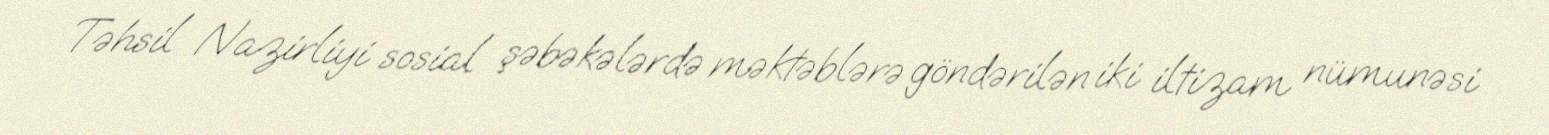
Təhsil Nazirliyi sosial şəbəkələrdə məktəblərə göndərilən iki iltizam nümunəsi